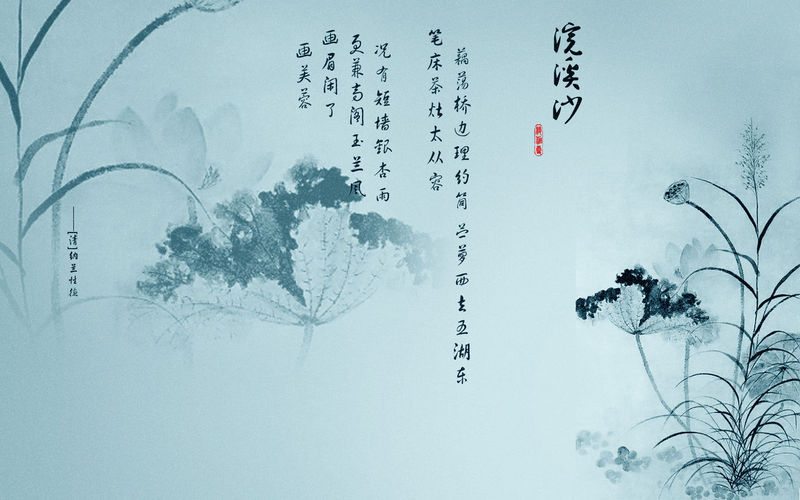
看蓬门秋草，年年破巷，疏窗细雨，夜夜孤灯。